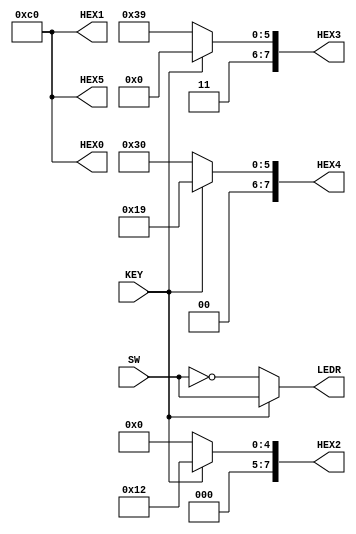
module DesignBlock1(SW, LEDR, KEY, HEX0, HEX1, HEX2, HEX3, HEX4, HEX5);
	input [7:0] SW;
	input [0:0] KEY;
	output [7:0] LEDR;
	output [7:0] HEX0;
	output [7:0] HEX1;
	output [7:0] HEX2;
	output [7:0] HEX3;
	output [7:0] HEX4;
	output [7:0] HEX5;
	assign LEDR = KEY[0] ? SW: ~SW;
	assign HEX0 [7:0] = 8'b1100_0000; //0
	assign HEX1 [7:0] = 8'b1100_0000; //0
	assign HEX2 [7:0] = KEY[0] ? 8'b0001_0010 : 8'b0000_0000; //5 or 8
	assign HEX3 [7:0] = KEY[0] ? 8'b1100_0000 : 8'b1111_1001; //0 or 1
	assign HEX4 [7:0] = KEY[0] ? 8'b0001_1001 : 8'b0011_0000; //3 or 4
	assign HEX5 [7:0] = 8'b1100_0000; //0
endmodule   

//march 18th 2000
//03/18/00
//04/05/00